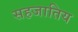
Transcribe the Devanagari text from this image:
सहजातिय